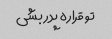
تو قراره پدر بشی